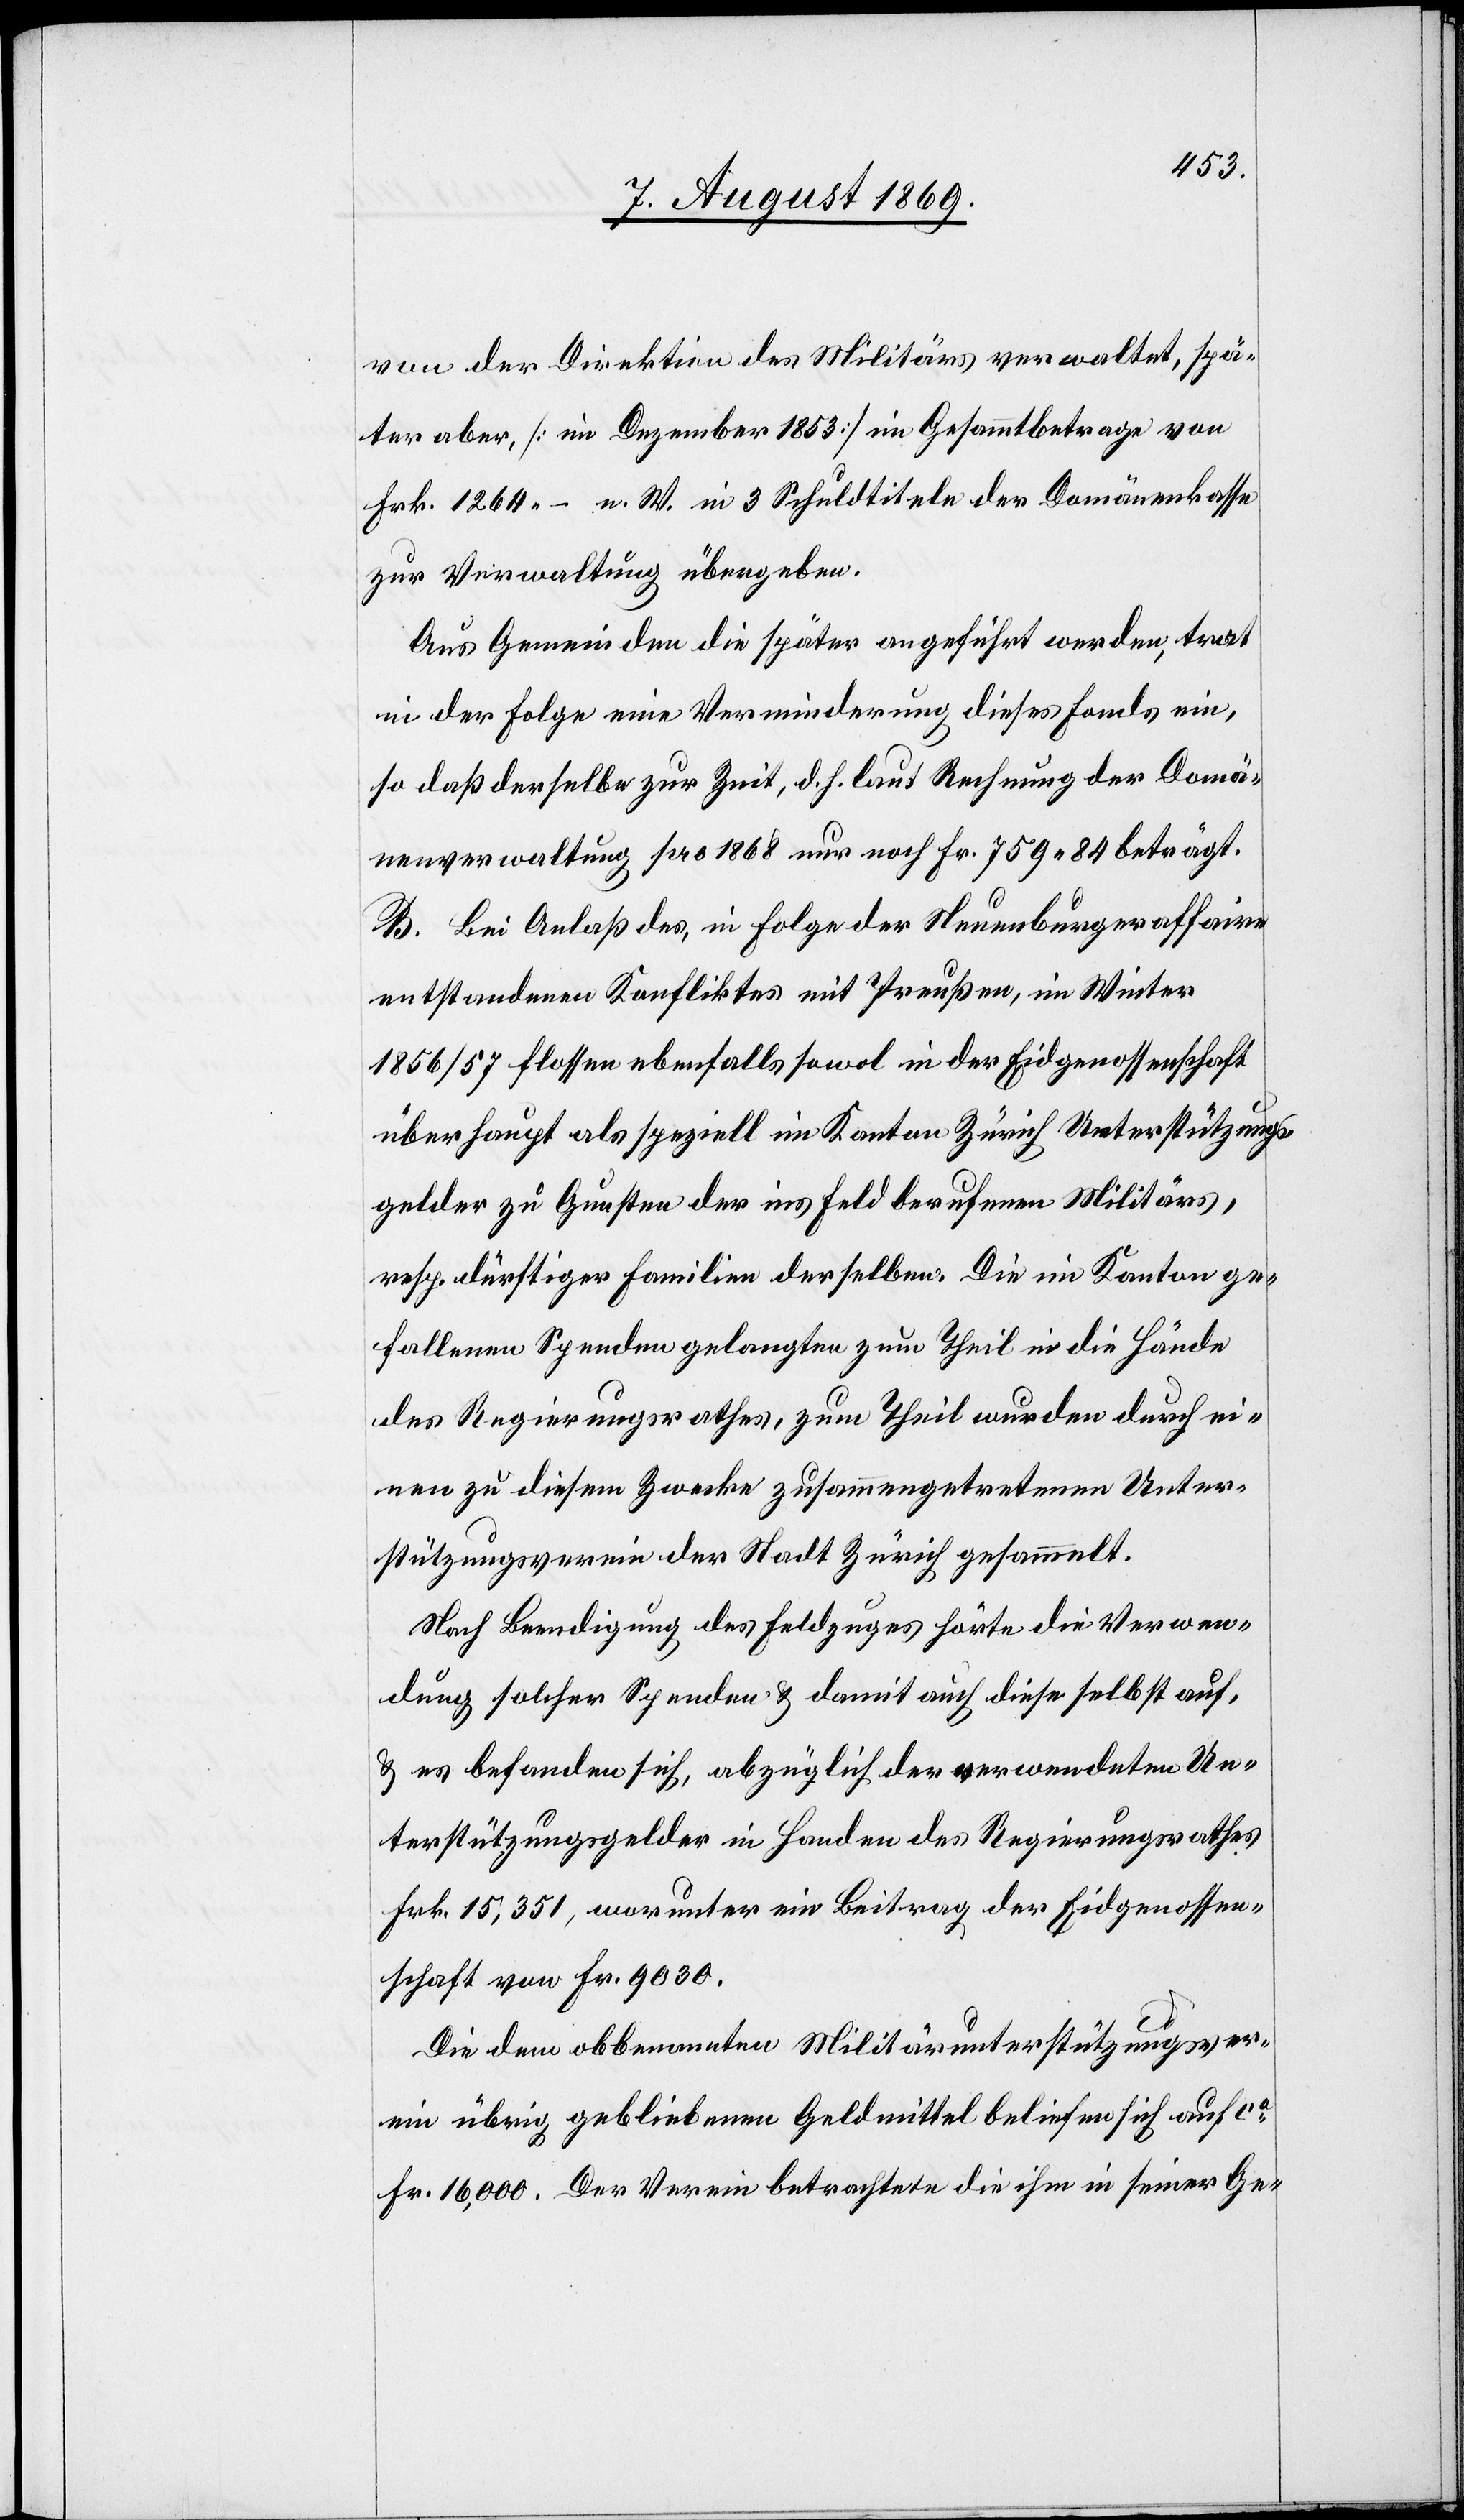
von der Direktion des Militärs verwaltet, spä¬
ter aber, [im Dezember 1853] im Gesammtbetrage von
Frk. 1264. – n. W. in 3 Schuldtiteln der Domänenkasse
zur Verwaltung übergeben.
Aus Gemeinden die später angeführt werden, trat
in der Folge eine Verminderung dieses Fonds ein,
so daß derselbe zur Zeit, d. h. laut Rechnung der Domä¬
nenverwaltung pro 1868 nur noch Fr. 759.84 beträgt.
B. Bei Anlaß des, in Folge der Neuenburgeraffaire
entstandenen Konfliktes mit Preußen, im Winter
1856/57 flossen ebenfalls sowol in der Eidgenossenschaft
überhaupt als speziell im Kanton Zürich Unterstützungs¬
gelder zu Gunsten der ins Feld berufenen Militärs,
resp. dürftiger Familien derselben. Die im Kanton ge¬
fallenen Spenden gelangten zum Theil in die Hände
des Regierungsrathes, zum Theil wurden [sie] durch ei¬
nen zu diesem Zwecke zusammengetretenen Unter¬
stützungsverein der Stadt Zürich gesammelt.
Nach Beendigung des Feldzuges hörte die Verwen¬
dung solcher Spenden & damit auch diese selbst auf
& es befanden sich, abzüglich der verwendeten Un¬
terstützungsgelder in Handen des Regierungsrathes
Frk. 15,351, worunter ein Beitrag der Eidgenossen¬
schaft von Fr. 9030.
Die dem obbenannten Militärunterstützungsver¬
ein übrig gebliebenen Geldmittel beliefen sich auf ca
Fr. 16,000. Der Verein betrachtete die ihm in seiner Ge-